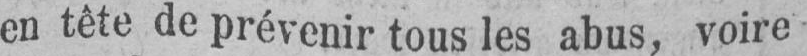
en tête de prévenir tous les abus, voire